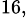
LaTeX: ^{16,}